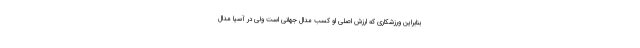
بنابراین ورزشکاری که ارزش اصلی او کسب مدال جهانی است ولی در آسیا مدال